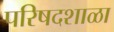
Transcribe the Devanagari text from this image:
परिषदशाळा